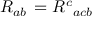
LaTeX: R _ { a b } \, = R ^ { c } { } _ { a c b }